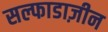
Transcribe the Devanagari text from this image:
सल्फाडाज़ीन